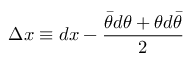
\Delta x \equiv d x - \frac { \bar { \theta } d \theta + \theta d \bar { \theta } } { 2 }